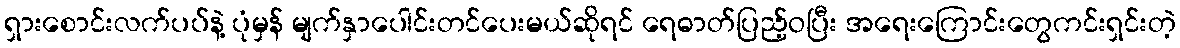
ရှားစောင်းလက်ပပ်နဲ့ ပုံမှန် မျက်နှာပေါင်းတင်ပေးမယ်ဆိုရင် ရေဓာတ်ပြည့်ဝပြီး အရေးကြောင်းတွေကင်းရှင်းတဲ့